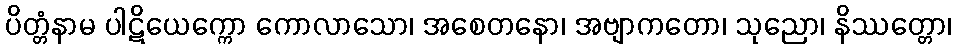
ပိတ္တံနာမ ပါဋိယေက္ကော ကောလာသော၊ အစေတနော၊ အဗျာကတော၊ သုညော၊ နိဿတ္တော၊